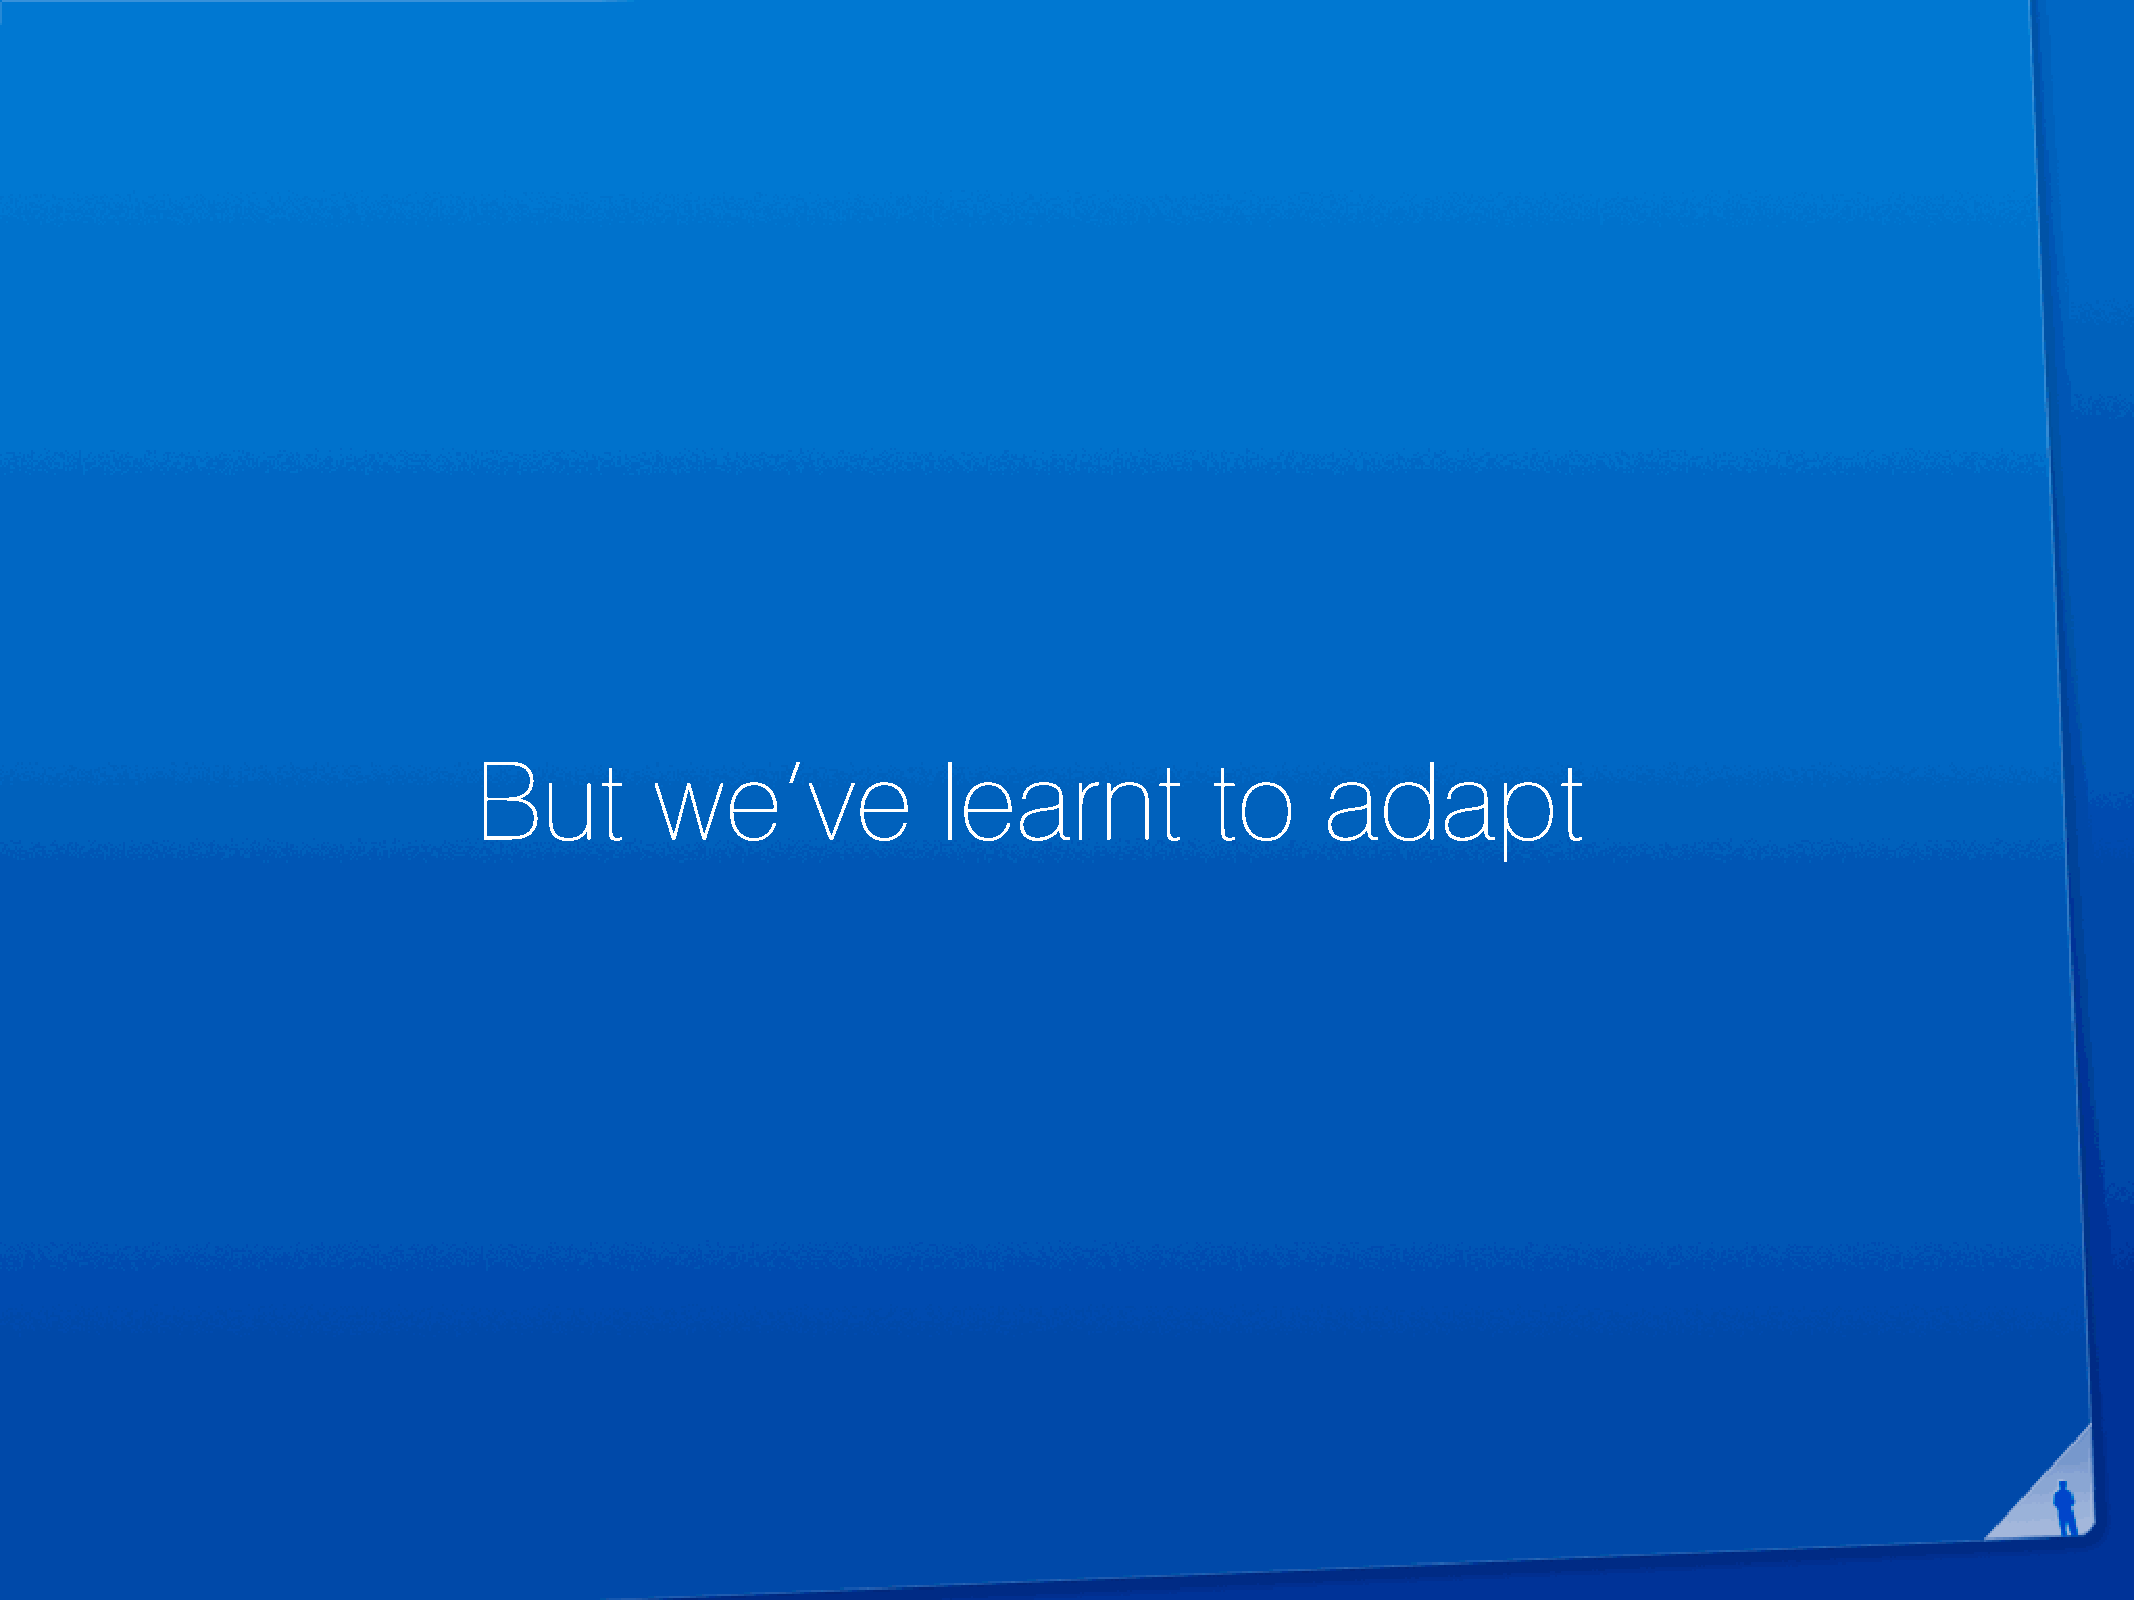
But         we’ve              learnt            to      adapt